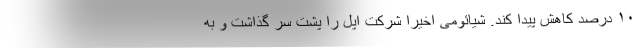
۱۰ درصد کاهش پیدا کند. شیائومی اخیرا شرکت اپل را پشت سر گذاشت و به